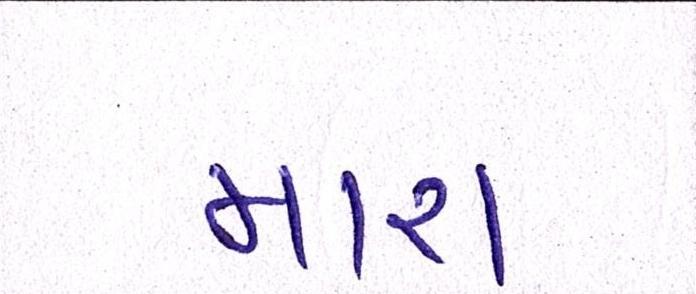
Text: મારા